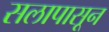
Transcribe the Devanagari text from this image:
सलापासून